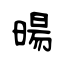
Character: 暘